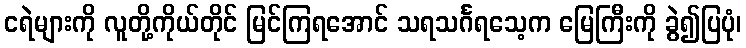
ငရဲများကို လူတို့ကိုယ်တိုင် မြင်ကြရအောင် သရသင်္ဂရသေ့က မြေကြီးကို ခွဲ၍ပြပုံ၊